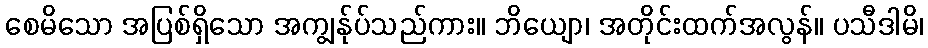
စေမိသော အပြစ်ရှိသော အကျွန်ုပ်သည်ကား။ ဘိယျော၊ အတိုင်းထက်အလွန်။ ပသီဒါမိ၊